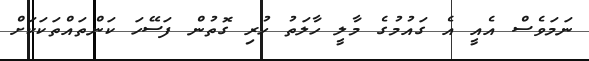
ނަމަވެސް އެއީ އެ ގައުމުގެ މާލީ ހާލަތު ހުރި ގޮތުން ފަސޭހަ ކަންތައްތަކަކަށް